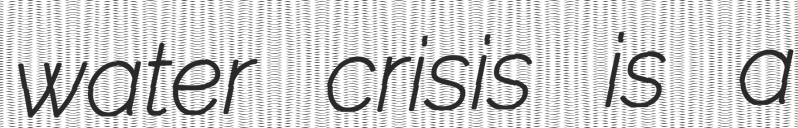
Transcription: water crisis is a